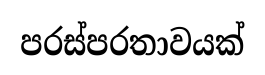
පරස්පරතාවයක්